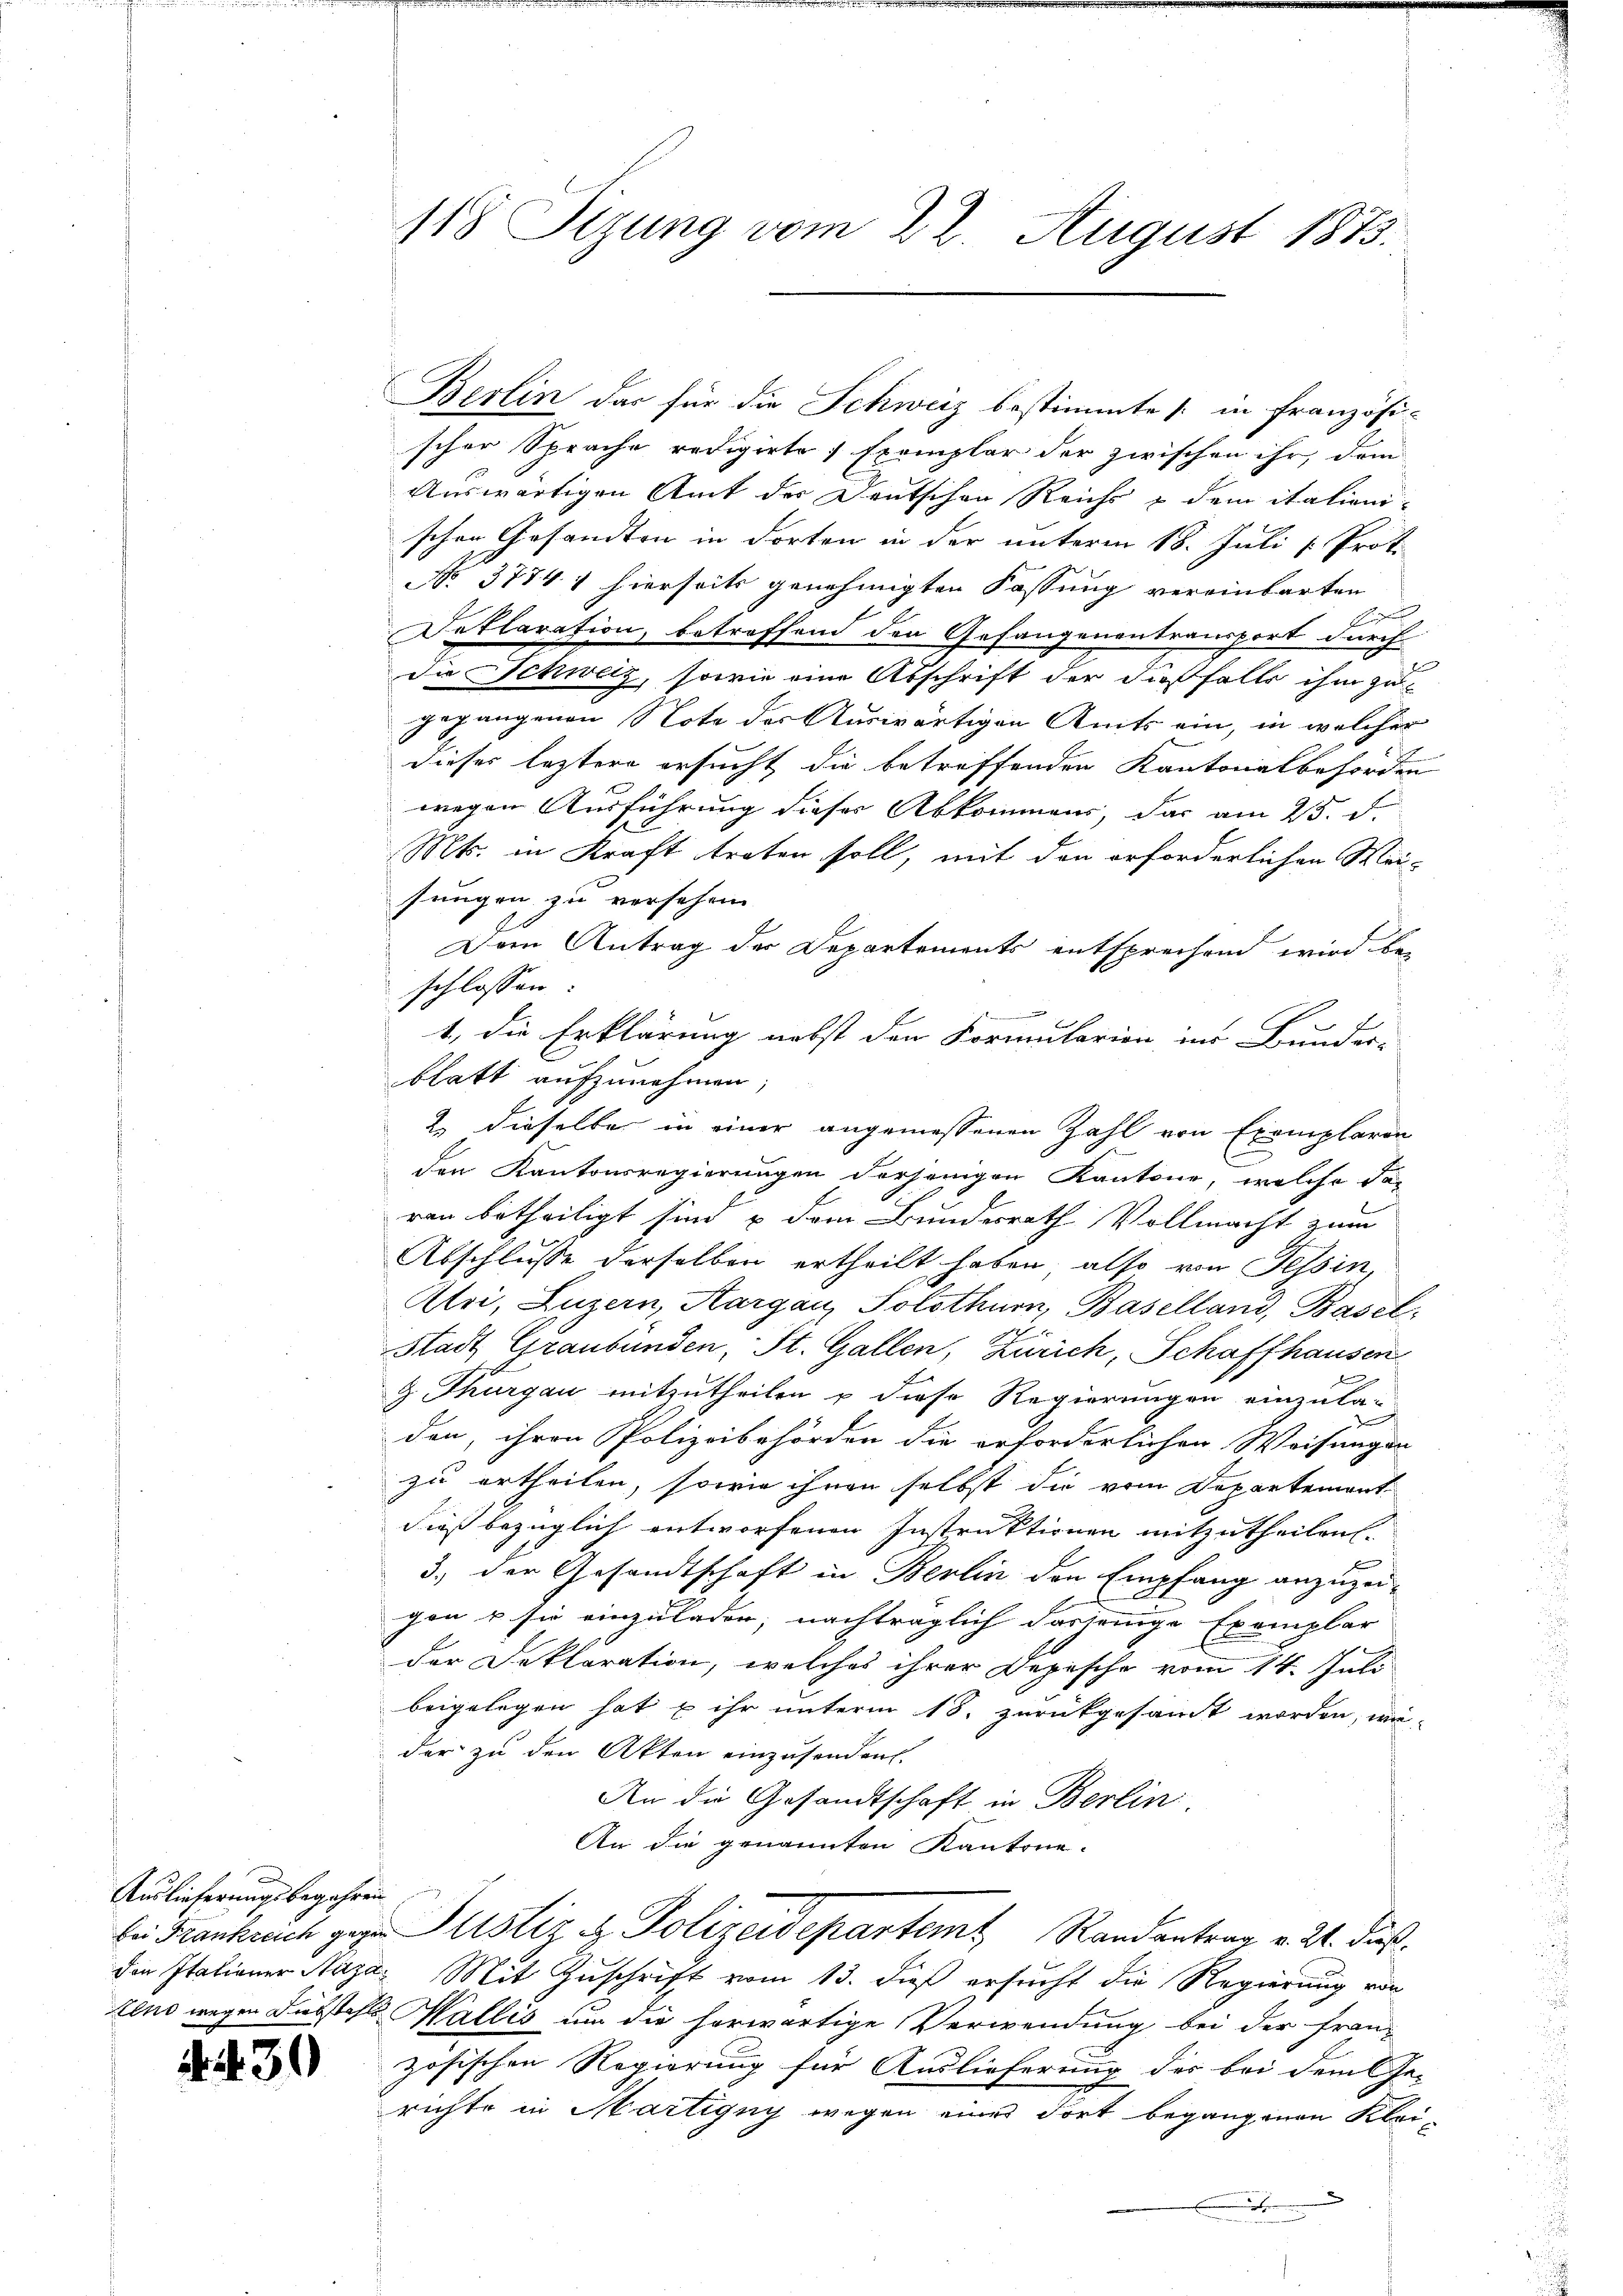
Auslieferungsbegehren

439

Berlin das für die Schweiz bestimmte / in französi-
scher Sprache redigirte Exemplar der zwischen ihr, dem
Auswärtigen Amt der Deutschen Reichs & dem itationischen Gesandten in dorten in der unterm 18. Juli [ Prot.
No 3774 & hierseits genehmigten Fassung vereinbarten
Au
Deklaration, betreffend den Gefangenentransport durch
Die Schweiz, sowie eine Abschrift der dießfalls ihm zu
gegangenen Note der Auswärtigen Amts ein, in welcher
b
dieses leztere ersucht die betreffenden Kantonalbehörden
wegen Ausführung dieser Abkommens, das am 25. d.
Mts. in Kraft treten soll, mit den erforderlichen Wei-
sungen zu versehen. |
Dem Antrag der Departements entsprechend wird be-
schlossen:
1., die Erklärung nebst den Formularion, ins Bunder-
blatt aufzunehmen;
2. dieselbe in einer angemessenen Zahl von Exemplaren
den Kantonsregierungen derjenigen Kantone, welche das
ren betheiligt sind, u dem Bundesrath Vollmacht zum
Abschlusse derselben ertheilt haben, also von Tessin,
Atri, Luzern, Aargau, Solothurn, Baselland, Basel
Stadt Graubünden, St. Gallen, Zürich, Schaffhausen
9 Thurgau mitzutheilen u diese Regierungen einzula-
den, ihren Polizeibehörden die erforderlichen Weisungen
zu ertheilen, sowie ihnen selbst die vom Departement
dieß bezüglich entworfenen Instruktionen mitzutheilen.
3.) der Gesandtschaft in Berlin den Empfang anzuzeigen & sie einzuladen; nachträglich dasjenige Exemplar
der Deklaration, welches ihrer Depesche vom 14. Juli
beigelegen hat u ihr unterm 18. zurückgesamt worden, wie-
der zu den Akten einzusenden.
An die Gesandtschaft in Berlin
An die genannten Kantone.
bei Frankreich gegen Justiz & Polizeidepartem Randantrag v. 24. Fuß.
den Itationer Naza. Mit Zuschrift vom 13. dieß ersucht die Regierung von
tone wegen Diebstahls Wallis um die herwärtige Verwendung bei der Französischen Regierung für Auslieferung der bei dem Ge-
richte in Martigny wegen eines dort begangenen Klei-
.

118 Sizung vom 22. August 1873.